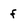
Character: f